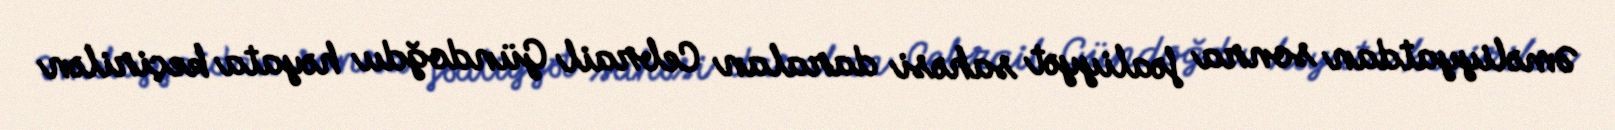
Əməliyyatdan sonra fəaliyyət sahəsi daralan Cebrail Gündoğdu həyata keçirilən